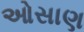
ઓસાણ